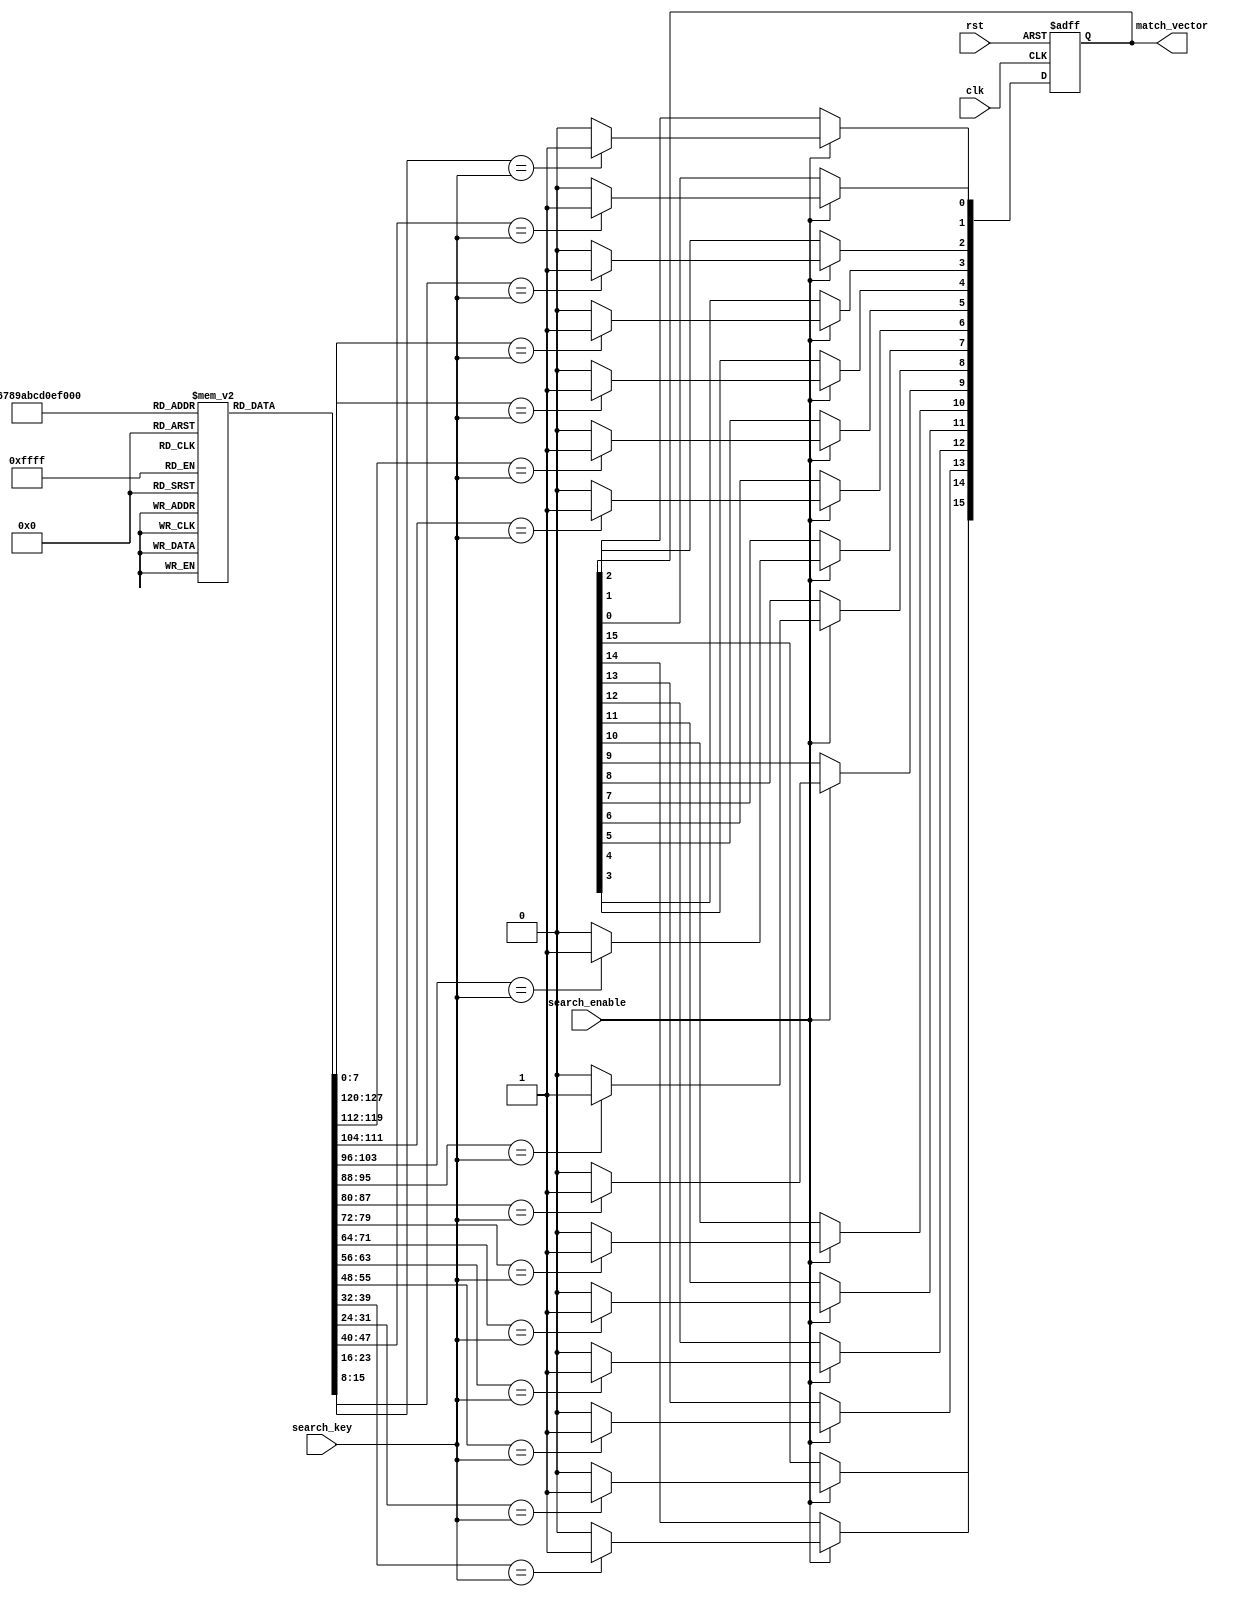
module MultimatchCAM #(
    parameter DEPTH = 16,           // Number of entries in the CAM
    parameter WIDTH = 8             // Width of each entry (number of bits)
)(
    input wire clk,                 // Clock signal
    input wire rst,                 // Reset signal
    input wire [WIDTH-1:0] search_key, // Input search key
    input wire search_enable,        // Enable signal for searching
    output reg [DEPTH-1:0] match_vector // Match output vector
);

// Memory array to store entries
reg [WIDTH-1:0] memory [0:DEPTH-1];

// Match logic
integer i;

always @(posedge clk or posedge rst) begin
    if (rst) begin
        match_vector <= {DEPTH{1'b0}}; // Reset match vector
    end else if (search_enable) begin
        match_vector <= {DEPTH{1'b0}}; // Clear match vector
        for (i = 0; i < DEPTH; i = i + 1) begin
            if (memory[i] == search_key) begin
                match_vector[i] <= 1'b1; // Set match bit if there's a match
            end
        end
    end
end

// Task to write to memory (for simulation purposes)
task write_memory(input [WIDTH-1:0] data, input [7:0] index);
    if (index < DEPTH) begin
        memory[index] = data;
    end
endtask

endmodule